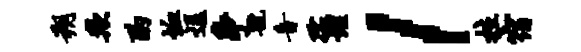
朔欺酌恤逗争虢音孺埋l拉宿